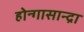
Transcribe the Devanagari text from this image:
होन्गासान्द्रा